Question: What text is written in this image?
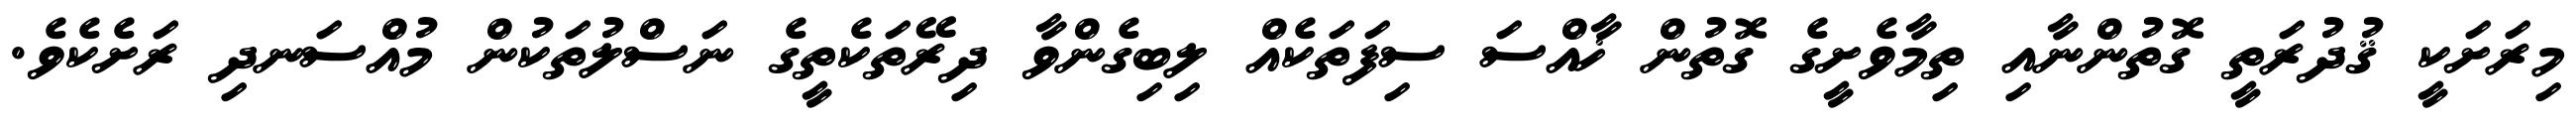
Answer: މިރަށަކީ ޤުދުރަތީ ގޮތުންނާއި ތިމާވެށީގެ ގޮތުން ޚާއްސަ ސިފަތަކެއް ލިބިގެންވާ ދިރޭތަކެތީގެ ނަސްލުތަކުން މުއްސަނދި ރަށެކެވެ.